Martna_vallavalitsus, lk 31
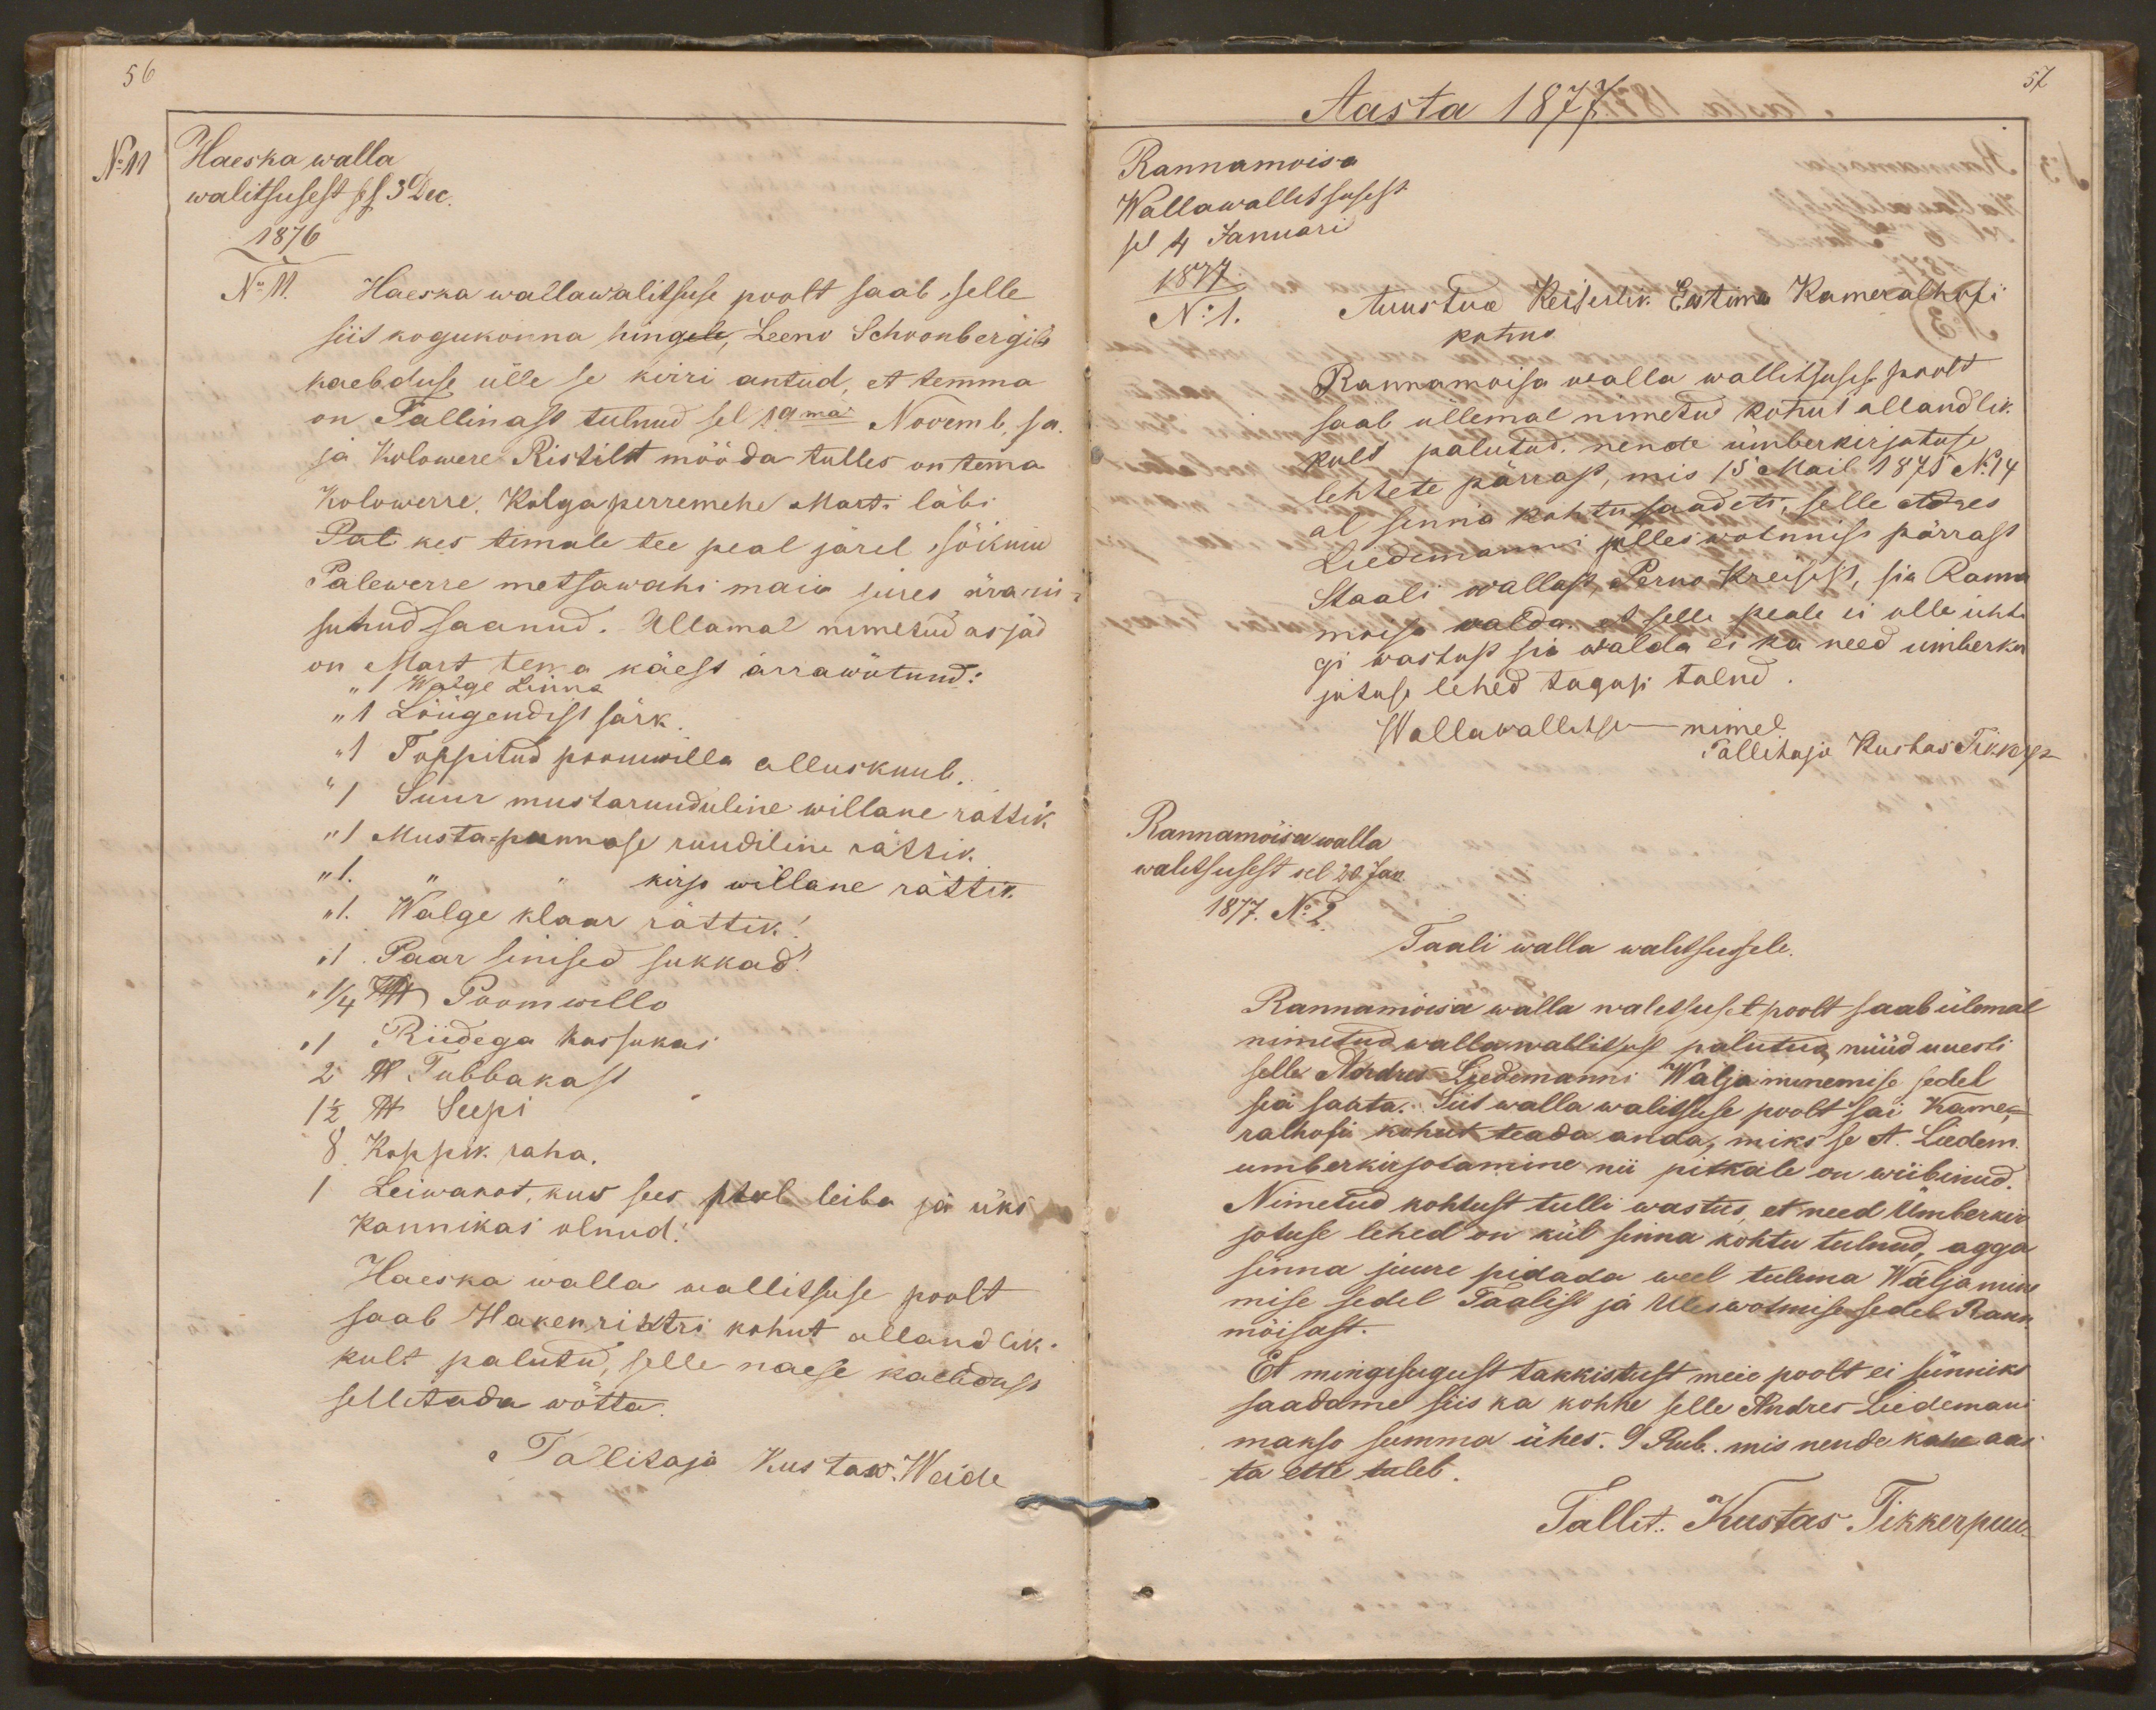
56
No 11
Haeska walla
walitsusest sel 3 Dec.
1876
No 11.
Haeska wallawalitsuse poolt saab selle
siit kogukonna hingele, Leeno Schoonbergile
kaebduse ülle se kirri antud, et temma
on Tallinast tulnud sel 19ma Novemb, sa
ja Kolowere Ristilt mööda tulles on tema
Kolowerre. Kolga perremehe Marti läbi
Pal kes temale tee peal järel sõitnud
Palewerre metsawahi maia jures ära rii
sutud saanud. Allamal nimetud asjad
on Mart tema käest ärrawõtnud:
"1 Walge Linna
"1 Lõugendist särk
"1 Toppitud poomwilla alluskuub.
"1 Suur mustaruuduline willane rattik
"1 Musta-punnase ruudiline rattik
" 1. " " kirjo willane rättik
"1. Walge klaar rättik!
"1 . Paar sinised sukkad!
" 1/4 lb Poomwillo
" 1 Riidega kassukas
2 lb Tubbakast
1/2 lb Seepi
8 Koppik raha.
1 Leiwakot, kus sees pool leiba ja üks
Kannikas olnud!
Haeska walla wallitsuse poolt
saab Hakenrihtri kohut allandlik-
kult palutud, selle naese kaebdust
sellitada wõtta.
Tallitaja Kustaw. Weide

Aasta 1877.
57
Rannamoisa
Wallawallitsusest
sel 4 Januari
1877
No 1.
Auustud Keiserlik Eestima Kameralhofi
kohus.
Rannamoisa walla wallitsusese poolt
saab üllemal nimetud kohut allandlik
kult palutud. nende ümberkirjotuse
lehtete pärrast, mis 15 Mail 1875 No14
al senna kohtu saadeti, selle Adres
Liedemanni ülles wotnnise pärrast
Staali wallast, Perno Kreisist, sia Ranna
moisa walda. et selle peale ei olle üht-
gi wastust sia walda ei ka need ümberkir
jutuse lehed tagasi tulnd
Wallawallitsuse nimel
Tallitaja Kustas Tikkerpu
Rannamõisa walla
walitsusest sel 20 Jan.
1877. No 2.
Taali walla walitsusele.
Rannamõisa walla walitsuset poolt saab ülemal
nimetud wallawallitsust palutud, nüüd uuesti
selle Andres Liedemanni Wälja minemise sedel
sia saata. Siit walla walitsuse poolt sai Kame-
ralhofi kohut teada anda, miks se A. Liedem.
umberkirjotamine nii pitkale on wiibinud.
Nimetud kohtust tulli wastus, et need Ümberkir
jotuse lehed on kül sinna kohtu tulnud, agga
sinna juure pidada weel tulema Wäljamine
mise sedel Taalist ja Uleswotmise sedel Rann
mõisast.
Et mingisugust takkistust meie poolt ei sünniks
saadame siis ka kohhe selle Andres Liedemani
makso summa ühes. 9 Rub. mis nende kahe aas
ta ette tuleb.
Tallit: Kustas Tikkerpuu.